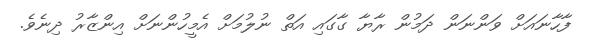
ފާހާނައަށް ވަންނަން ދަމުން ރާޔާ ގާގައި އަތް ނުލުމަށް އެމީހުންނަށް އިންޒާރު ދިނެވެ.